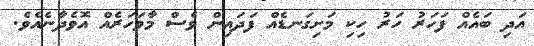
އަދި ބައެއް ފަހަރު ހަރު ހިކި މަށިގަނޑެއް ފަދައިން ވެސް މާވަހަރެއް އޮވެދާނެއެވެ.